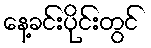
နေ့ခင်းပိုင်းတွင်